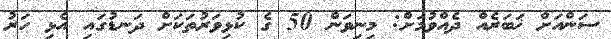
ސަންއަށް ޚަބަރެއް ދެއްވުމަށް: މިނިވަން 50 ގެ ކުޅިވަރުތަކަށް ދަނޑުގައި އެޅި ހަރު